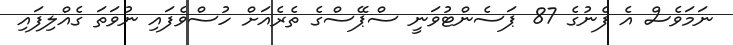
ނަމަވެސް އެ ފެނުގެ 87 ޕަސެންޓުވަނީ ސްޕޭސްގެ ތެރެއަށް ހުސްވެފައި ނުވަތަ ގެއްލިފައި